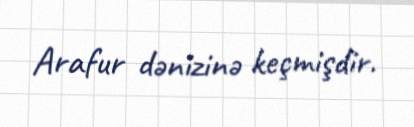
Arafur dənizinə keçmişdir.